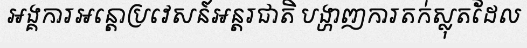
អង្គការអន្តោប្រវេសន៍អន្តរជាតិ បង្ហាញការតក់ស្លុតដែល